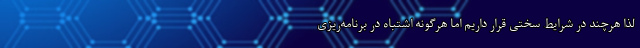
لذا هرچند در شرایط سختی قرار داریم اما هرگونه اشتباه در برنامه‌ریزی